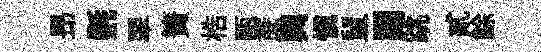
昻㲲翠簀梏甌蔗輿慎鼠閫跳貳餘